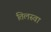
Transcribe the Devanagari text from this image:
तिलस्वा